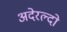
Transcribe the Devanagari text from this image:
अदेरल्दो